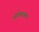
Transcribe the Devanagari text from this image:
ओक्सिजमन